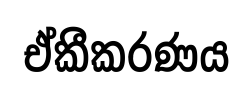
ඒකීකරණය